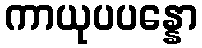
ကာယုပပန္နော